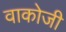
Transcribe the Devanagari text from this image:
वाकोजी